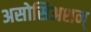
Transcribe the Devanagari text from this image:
असोसिअशन्